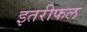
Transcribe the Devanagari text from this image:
इतरीफल